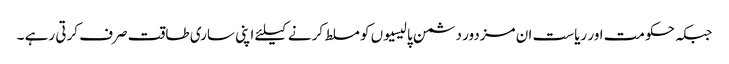
جبکہ حکومت اور ریاست ان مزدور دشمن پالیسیوں کو مسلط کرنے کیلئے اپنی ساری طاقت صرف کرتی رہے ۔